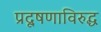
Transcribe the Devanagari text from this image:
प्रदूषणाविरुद्ध